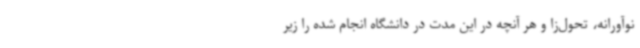
نوآورانه، تحول‌زا و هر آنچه در این مدت در دانشگاه انجام شده را زیر